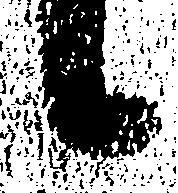
候